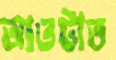
আওটাত